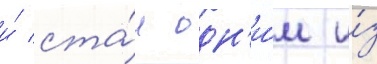
и́ ста́л одн'и́м и́з